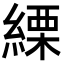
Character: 𦃊